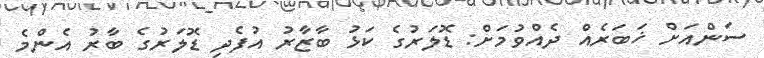
ސަންއަށް ޚަބަރެއް ދެއްވުމަށް: ޑޮލަރުގެ ކަޅު ބާޒާރު އުފެދި ޑޮލަރުގެ ބާރު އެންމެ